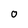
Character: 0